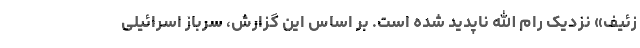
زئیف» نزدیک رام الله ناپدید شده است. بر اساس این گزارش، سرباز اسرائیلی